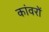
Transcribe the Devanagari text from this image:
कांवरों